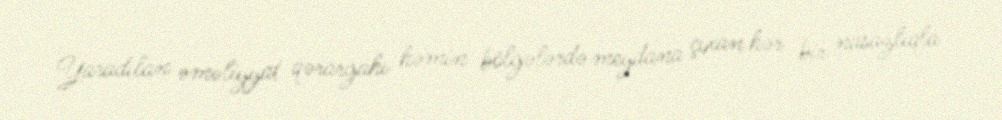
Yaradılan əməliyyat qərargahı həmin bölgələrdə meydana çıxan hər bir nasazlıqla